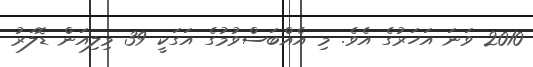
2010 ވަނަ އަހަރުގެ އެވެ. މި އެއްބަސްވުމުގެ އަގަކީ 39 މިލިއަން ޑޮލަރު